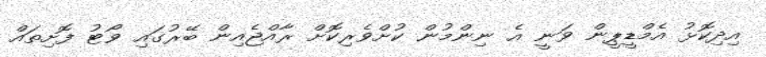
އިދިކޮޅު އެމްޑީޕީން ވަނީ އެ ނިންމުން ކުށްވެރިކޮށް ރާއްޖެއިން ބޭރުގައި ވޯޓު ފޮށިތައް